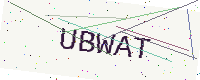
Text: UBWAT